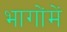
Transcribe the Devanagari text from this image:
भागोंमें